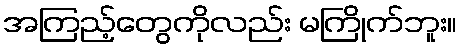
အကြည့်တွေကိုလည်း မကြိုက်ဘူး။